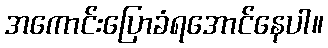
အကောင်းပြောခံရအောင်နေပါ။